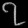
Digit: ၇